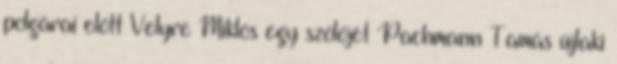
polgárai előtt Velyre Miklós egy szölőjét Pachmann Tamás újlaki